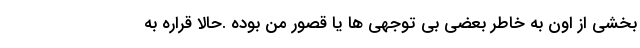
بخشی از اون به خاطر بعضی بی توجهی ها یا قصور من بوده .حالا قراره به